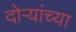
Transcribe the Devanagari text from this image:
दोऱ्यांच्या